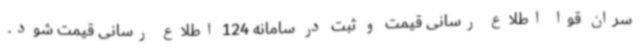
سران قوا اطلاع رسانی قیمت و ثبت در سامانه 124 اطلاع رسانی قیمت شود.